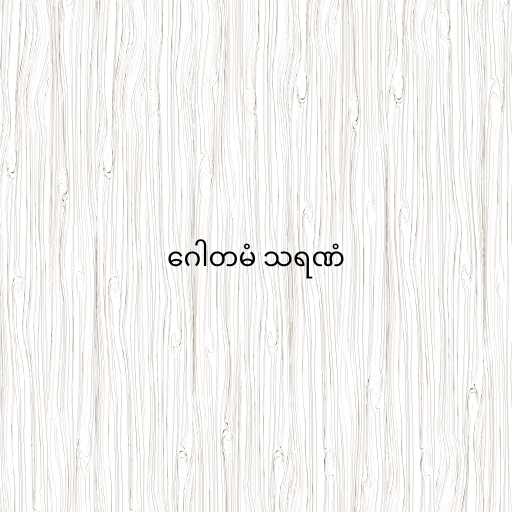
ဂေါတမံ သရဏံ